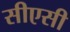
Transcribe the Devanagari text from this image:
सीएसी